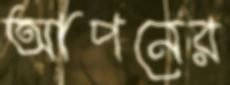
আপনের